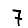
Digit: 7